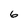
Character: 6